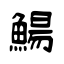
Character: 鰑